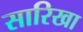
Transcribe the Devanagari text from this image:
सारिखा